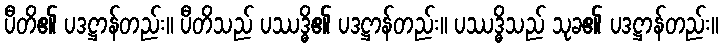
ပီတိ၏ ပဒဋ္ဌာန်တည်း။ ပီတိသည် ပဿဒ္ဓိ၏ ပဒဋ္ဌာန်တည်း။ ပဿဒ္ဓိသည် သုခ၏ ပဒဋ္ဌာန်တည်း။